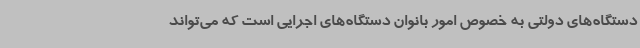
دستگاه‌های دولتی به خصوص امور بانوان دستگاه‌های اجرایی است که می‌تواند